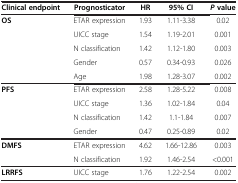
<table><thead><tr><td><b>Clinical endpoint</b></td><td><b>Prognosticator</b></td><td><b>HR</b></td><td><b>95% CI</b></td><td><b><i>P </i>value</b></td></tr></thead><tbody><tr><td rowspan="4"><b>OS</b></td><td>ETAR expression</td><td>1.93</td><td>1.11-3.38</td><td>0.02</td></tr><tr><td>UICC stage</td><td>1.54</td><td>1.19-2.01</td><td>0.001</td></tr><tr><td>N classification</td><td>1.42</td><td>1.12-1.80</td><td>0.003</td></tr><tr><td>Gender</td><td>0.57</td><td>0.34-0.93</td><td>0.026</td></tr><tr><td> </td><td>Age</td><td>1.98</td><td>1.28-3.07</td><td>0.002</td></tr><tr><td rowspan="3"><b>PFS</b></td><td>ETAR expression</td><td>2.58</td><td>1.28-5.22</td><td>0.008</td></tr><tr><td>UICC stage</td><td>1.36</td><td>1.02-1.84</td><td>0.04</td></tr><tr><td>N classification</td><td>1.42</td><td>1.1-1.84</td><td>0.007</td></tr><tr><td> </td><td>Gender</td><td>0.47</td><td>0.25-0.89</td><td>0.02</td></tr><tr><td><b>DMFS</b></td><td>ETAR expression</td><td>4.62</td><td>1.66-12.86</td><td>0.003</td></tr><tr><td> </td><td>N classification</td><td>1.92</td><td>1.46-2.54</td><td>&lt;0.001</td></tr><tr><td><b>LRRFS</b></td><td>UICC stage</td><td>1.76</td><td>1.22-2.54</td><td>0.002</td></tr></tbody></table>